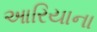
આરિયાના